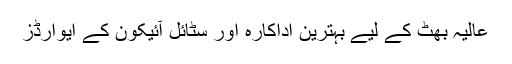
عالیہ بھٹ کے لیے بہترین اداکارہ اور سٹائل آئیکون کے ایوارڈز